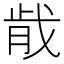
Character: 𫻴